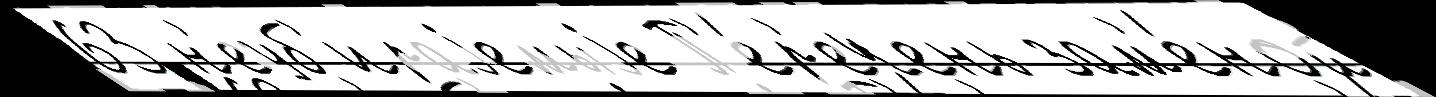
63 н'еуб'ираjемыjе П'е́р'ечень зам'е́ной